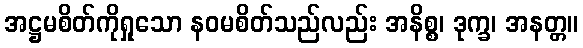
အဋ္ဌမစိတ်ကိုရှုသော နဝမစိတ်သည်လည်း အနိစ္စ၊ ဒုက္ခ၊ အနတ္တ။